Report on vaccination in the Province of Bengal - 1874-1889
Year: 1874
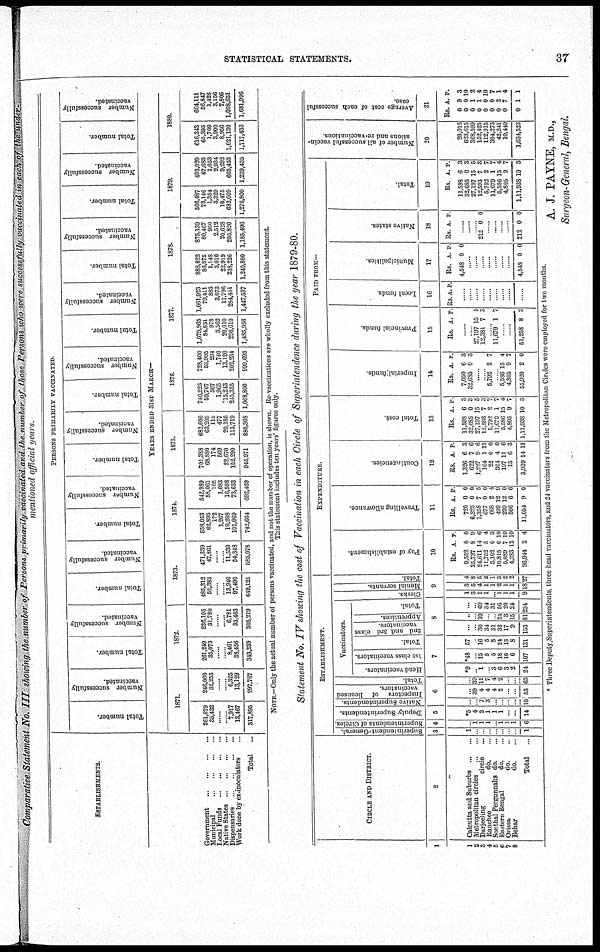
STATISTICAL STATEMENTS.
37
Comparative Statement No. III showing the number of Persons primarily vaccinated and the number of those Persons who were successfully vaccinated in each of the under
mentioned official years.
ESTABLISHMENTS.
Government
...
...
...
...
Municipal
...
...
...
...
Local Funds ... ... ...
Native States
...
...
...
...
Dispensaries
...
...
...
...
Work done by ex-inoculators ...
Total
...
PERSONS PRIMARILY VACCINATED.
Total number.
Number successfully
vaccinated.
Total number.
Number successfully
vaccinated.
Total number.
Number successfully
vaccinated.
Total number.
Number successfully
vaccinated.
Total number.
Number successfully
vaccinated.
Total number.
Number successfully
vaccinated.
Total number.
Number successfully
vaccinated.
Total number.
Number successfully
vaccinated.
Total number.
Number successfully
vaccinated.
Total number.
Number successfully
vaccinated.
YEARS ENDED 31ST MARCH—
1871.
261,079
35,432
......
...... 7,917
13,467
317,895
246,060
32,253
...
... 6,325
13,129
297,767
1872.
261,249
35,073
......
...... 8,461
38,456
343,239
236,195
31,780
......
...... 6,781
33,463
308,219
1873.
485,312
52,383
......
...... 13,940
97,490
649,125
471,339
47,861
......
...... 11,530
54,348
585,078
1874.
558,053
62,895
172
1,267
19,208
101,069
742,664
542,989
58,061
105
1,083
16,598
73,633
692,469
1875.
701,388
63,880
174
569
22,670
152,290
945,971
682,606
63,205
115
477
20,186
113,719
880,308
1876.
740,223
59,707
307
1,965
15,243
245,355
1,068,800
728,400
53,905
294
1,740
13,120
202,234
999,693
1877.
1,079,965
84,831
978
3,562
20,010
296,610
1,485,956
1,061,923
79,411
883
3,073
17,796
284,451
1,447,537
1878.
888,622
86,875
1,148
3,010
22,919
238,226
1,240,800
875,139
80,467
930
2,512
20,628
205,820
1,185,496
1879.
506,487
73,146
1,354
3,329
10,475
682,009
1,276,800
493,020
67,683
1,053
2,934
9,292
665,453
1,239,435
1880.
616,343
65,395
1,709
3,900
8,956
1,021,130
1,717,433
604,111
56,847
1,426
3,156
7,805
1,008,651
1,681,996
NOTE.—Only the actual number of persons vaccinated, and not the number of operation, is shown. Re vaccinations are wholly excluded from this statement.
This statement includes ten years' figures only.
Statement No. IV showing the cost of Vaccination in each Circle of Superintendence during the year 1879-80.
1
1
2
3
4
5
6 7 8
CIRCLE AND DISTRICT.
2
Calcutta and Suburbs ... ...
Metropolitan circles
...
...
Darjeeling
circle ...
Ranchee
do. ...
Sonthal Pergunnahs do. ...
Eastern Bengal
do. ...
Orissa
do. ...
Behar
do. ...
Total
...
ESTABLISHMENT.
Superintendent-General.
3
1
...
...
...
...
...
...
...
1
Superintendents of Circles.
4
...
1
1
1
... 1
1
1
6
Deputy Superintendents.
5
*5
4
2
1
1
1
...
...
14
Native Superintendents.
Inspectors of licensed
vaccinators.
Total
6
...
... 7
3
...
...
...
...
10
...
39
4
4
4
2
...
...
53
...
39
11
7
4
2
...
...
63
Vaccinators.
Head vaccinators.
1st class vaccinators.
Total.
7
*9
... 1
... 3
6
3
2
24
*48
... 15
5
5
18
10
6
107
57
... 16
5
8
24
13
8
131
2nd and 3rd class
vaccinators.
Apprentices.
Total.
8
...
...
30
34
31
32
17
9
153
...
... 39
...
... 24
3
15
81
...
... 69
34
31
56
20
24
234
Clerks.
Menial servants.
Total.
9
1
3
1
1
... 1
1
1
9
3
5
4
1
1
2
1
1
18
4
8
5
2
1
3
2
2
27
EXPENDITURE.
Pay of establishment.
10
Rs.
9,552
25,737
24,611
11,752
5,102
10,815
5,089
4,283
96,944
A.
0
8
14
5
0
0
7
12
2
P.
0
9
6
4
3
10
10
10
4
Travelling allowance.
11
Rs.
720
6,325
1,358
677
668
499
299
506
11,054
A.
0
0
7
0
2
12
12
6
9
P.
0
0
5
0
4
9
0
6
0
Contingencies.
12
Rs.
1,326
622
1,227
164
22
364
197
15
3,939
A.
6
7
9
1
0
4
11
6
14
P.
3
6
6
11
0
0
6
3
11
Total cost.
13
Rs.
11,598
32,685
27,197
12,593
5,792
11,679
5,586
4,805
1,11,938
A.
6
0
15
7
2
1
15
9
10
P.
3
3
5
3
7
7
4
7
3
PAID FROM—
Imperial funds
14
Rs.
7,050
32,685
A.
6
0
P.
3
3
......
...... 5,792 2 7
...... 5,586
4,805
55,920
15
9
2
4
7
0
Provincial funds.
15
Rs. A. P.
......
...... 27,197
12,381
15
7
5
3
...... 11,679 1 7
......
......
51,258 8 3
Local funds
16
Rs. A. P.
......
......
......
......
......
......
......
......
......
Municipalities.
17
Rs.
4,548
A.
0
P
0
......
......
......
.....
......
......
......
4,548 0 0
Native states.
18
Rs. A. P.
......
......
...... 212 0 0
......
......
......
......
212 0 0
Total.
19
Rs.
11,598
32,685
27,197
12,593
5,792
11,679
5,586
4,805
1,11,938
A.
6
0
15
7
2
1
15
9
10
P.
3
3
5
3
7
7
4
7
3
Number of all successful vaccin-
ations and re-vaccinations.
20
20,015
623,615
368,599
152,425
112,915
304,273
42,241
10,440
1,634,523
Average cost of each successful
case.
21
Rs.
0
0
0
0
0
0
0
0
0
A.
9
0
1
1
0
0
2
7
1
P.
3
10
2
4
10
7
1
4
1
* Three Deputy Superintendents, three head vaccinators, and 24 vaccinators from the Metropolitan Circles were employed for two months.
A. J. PAYNE, M.D.,
Surgeon-General, Bengal.